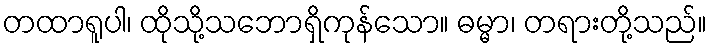
တထာရူပါ၊ ထိုသို့သဘောရှိကုန်သော။ ဓမ္မာ၊ တရားတို့သည်။